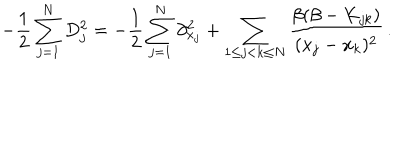
- \frac { 1 } { 2 } \sum _ { j = 1 } ^ { N } D _ { j } ^ { 2 } = - \frac { 1 } { 2 } \sum _ { j = 1 } ^ { N } \partial _ { x _ { j } } ^ { 2 } + \sum _ { 1 \leq j < k \leq N } \frac { \beta ( \beta - K _ { j k } ) } { ( x _ { j } - x _ { k } ) ^ { 2 } } \, .